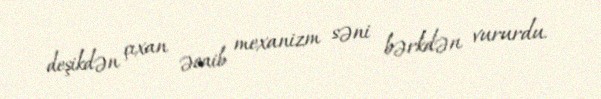
deşikdən çıxan əcaib mexanizm səni bərkdən vururdu.